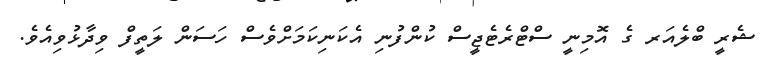
ޝެރީ ބްލެއަރ ގެ އޮމިނީ ސްޓްރެޓެޖީސް ކުންފުނި އެކަނިކަމަށްވެސް ހަސަން ލަތީފް ވިދާޅުވިއެވެ.